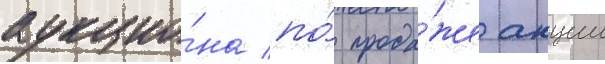
аукцио́на по́ прода́же акции